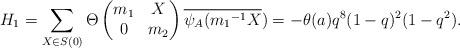
LaTeX: \begin{align*} H_1=\sum_{X \in S(0)}\Theta \begin{pmatrix} m_1 & X\\ 0 & m_2\end{pmatrix}\overline{\psi_A({m_1}^{-1}X})=-\theta(a)q^8(1-q)^2(1-q^2).\end{align*}